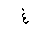
Letter: _gayn